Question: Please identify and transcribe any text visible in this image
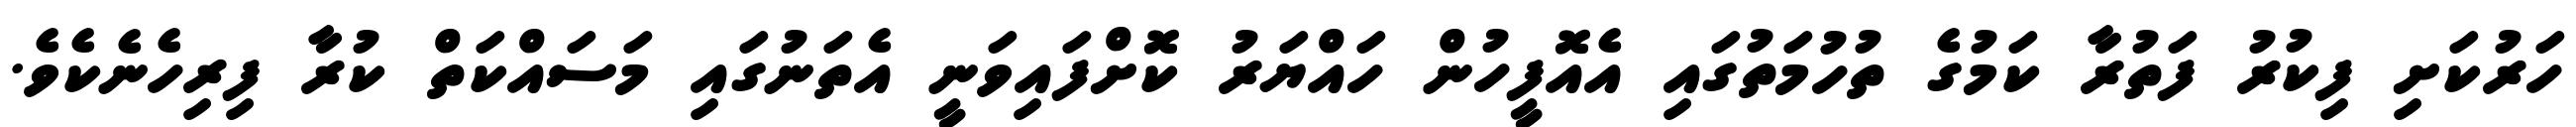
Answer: ހަރުކަށި ފިކުރު ފަތުރާ ކަމުގެ ތުހުމަތުގައި އެއޮފީހުން ހައްޔަރު ކޮށްފައިވަނީ އެތަނުގައި މަސައްކަތް ކުރާ ފިރިހެނެކެވެ.